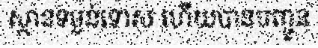
ស្ថានទម្ងន់ទោស ហើយបានបញ្ជូន